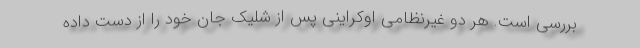
بررسی است. هر دو غیرنظامی اوکراینی پس از شلیک جان خود را از دست داده